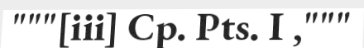
"""[iii] Cp. Pts. I ,"""